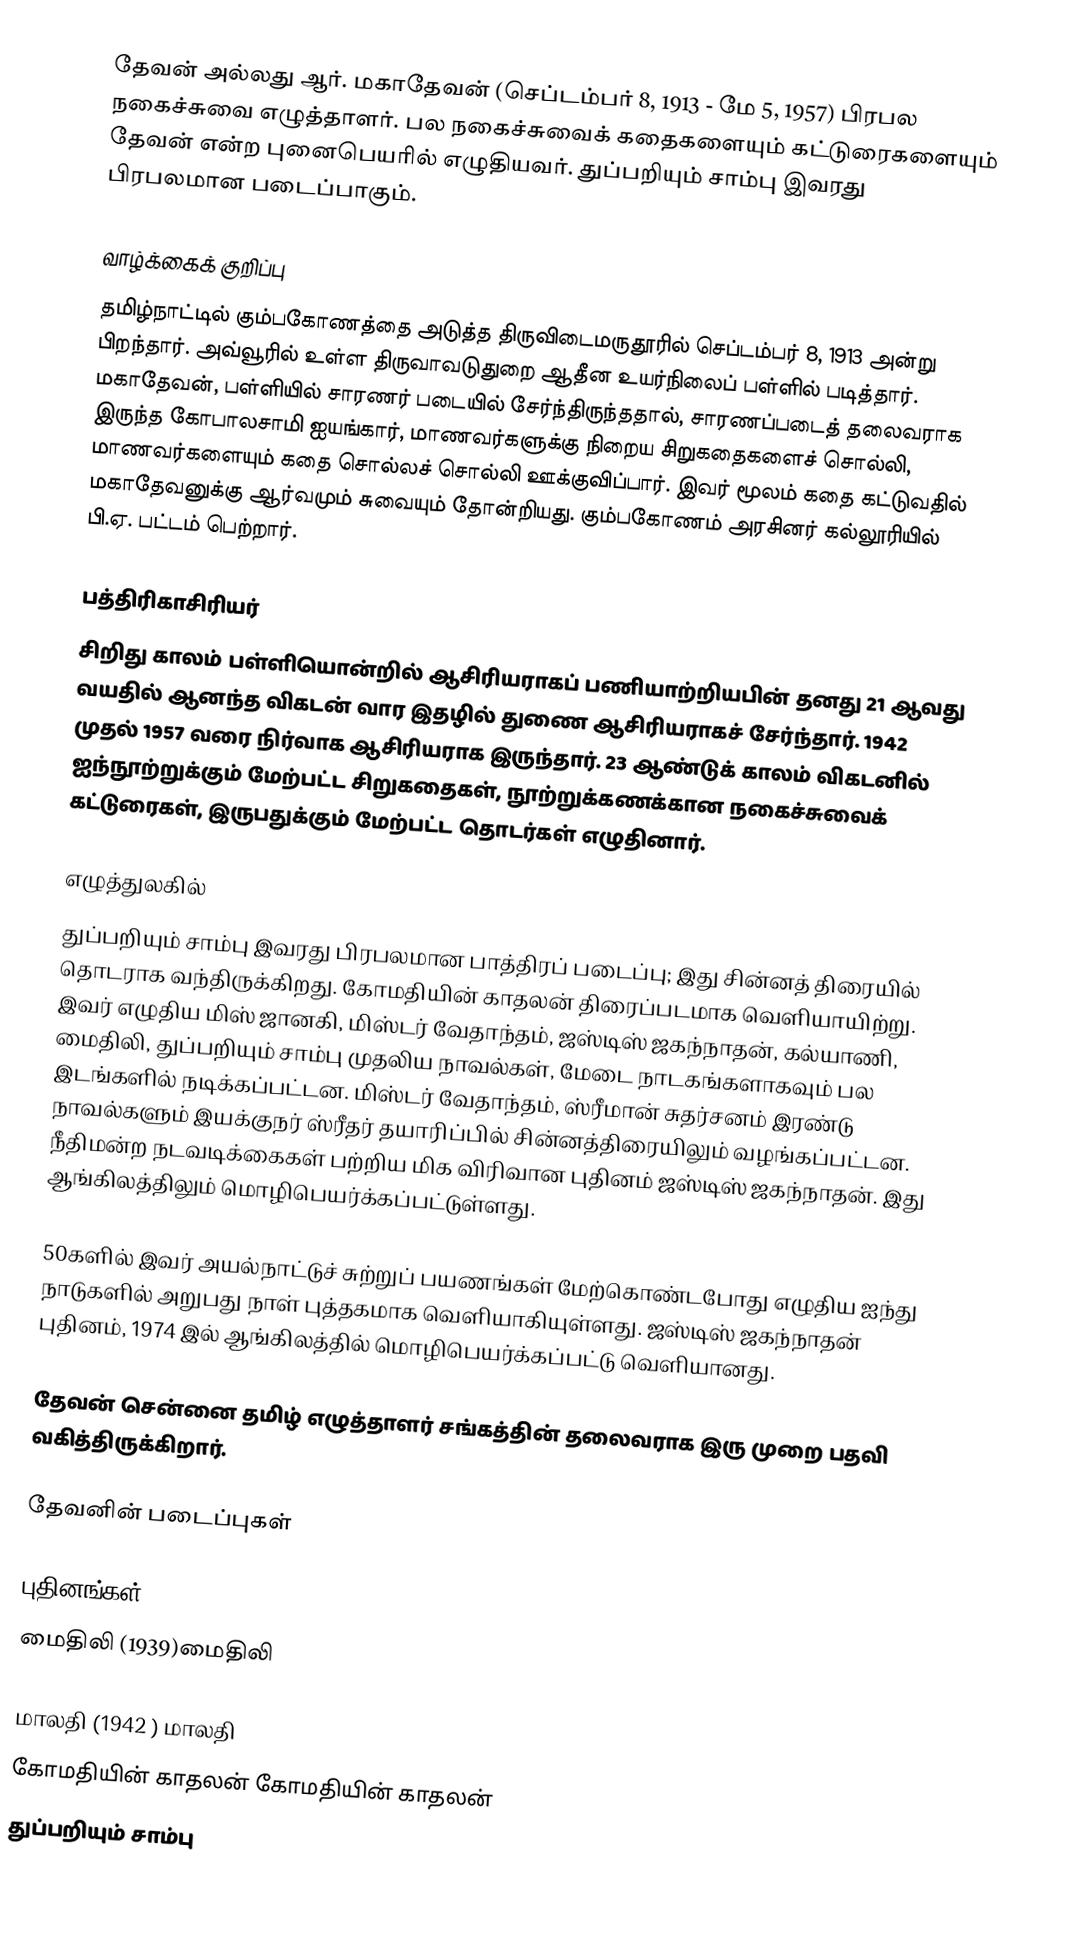
தேவன் அல்லது ஆர். மகாதேவன் (செப்டம்பர் 8, 1913 - மே 5, 1957) பிரபல நகைச்சுவை எழுத்தாளர். பல நகைச்சுவைக் கதைகளையும் கட்டுரைகளையும் தேவன் என்ற புனைபெயரில் எழுதியவர். துப்பறியும் சாம்பு இவரது பிரபலமான படைப்பாகும்.

வாழ்க்கைக் குறிப்பு
தமிழ்நாட்டில் கும்பகோணத்தை அடுத்த திருவிடைமருதூரில் செப்டம்பர் 8, 1913 அன்று பிறந்தார். அவ்வூரில் உள்ள திருவாவடுதுறை ஆதீன உயர்நிலைப் பள்ளில் படித்தார். மகாதேவன், பள்ளியில் சாரணர் படையில் சேர்ந்திருந்ததால், சாரணப்படைத் தலைவராக இருந்த கோபாலசாமி ஐயங்கார், மாணவர்களுக்கு நிறைய சிறுகதைகளைச் சொல்லி, மாணவர்களையும் கதை சொல்லச் சொல்லி ஊக்குவிப்பார். இவர் மூலம் கதை கட்டுவதில் மகாதேவனுக்கு ஆர்வமும் சுவையும் தோன்றியது. கும்பகோணம் அரசினர் கல்லூரியில் பி.ஏ. பட்டம் பெற்றார்.

பத்திரிகாசிரியர்
சிறிது காலம் பள்ளியொன்றில் ஆசிரியராகப் பணியாற்றியபின் தனது 21 ஆவது வயதில் ஆனந்த விகடன் வார இதழில் துணை ஆசிரியராகச் சேர்ந்தார். 1942 முதல் 1957 வரை நிர்வாக ஆசிரியராக இருந்தார். 23 ஆண்டுக் காலம் விகடனில் ஐந்நூற்றுக்கும் மேற்பட்ட சிறுகதைகள், நூற்றுக்கணக்கான நகைச்சுவைக் கட்டுரைகள், இருபதுக்கும் மேற்பட்ட தொடர்கள்  எழுதினார்.

எழுத்துலகில்
துப்பறியும் சாம்பு இவரது பிரபலமான பாத்திரப் படைப்பு; இது சின்னத் திரையில் தொடராக வந்திருக்கிறது. கோமதியின் காதலன் திரைப்படமாக வெளியாயிற்று. இவர் எழுதிய மிஸ் ஜானகி, மிஸ்டர் வேதாந்தம், ஜஸ்டிஸ் ஜகந்நாதன், கல்யாணி, மைதிலி, துப்பறியும் சாம்பு முதலிய நாவல்கள், மேடை நாடகங்களாகவும் பல இடங்களில் நடிக்கப்பட்டன. மிஸ்டர் வேதாந்தம், ஸ்ரீமான் சுதர்சனம் இரண்டு நாவல்களும் இயக்குநர் ஸ்ரீதர் தயாரிப்பில் சின்னத்திரையிலும் வழங்கப்பட்டன. நீதிமன்ற நடவடிக்கைகள் பற்றிய மிக விரிவான புதினம் ஜஸ்டிஸ் ஜகந்நாதன். இது ஆங்கிலத்திலும் மொழிபெயர்க்கப்பட்டுள்ளது.

50களில் இவர் அயல்நாட்டுச் சுற்றுப் பயணங்கள் மேற்கொண்டபோது எழுதிய ஐந்து நாடுகளில் அறுபது நாள் புத்தகமாக வெளியாகியுள்ளது. ஜஸ்டிஸ் ஜகந்நாதன் புதினம், 1974 இல் ஆங்கிலத்தில் மொழிபெயர்க்கப்பட்டு வெளியானது.

தேவன் சென்னை தமிழ் எழுத்தாளர் சங்கத்தின் தலைவராக இரு முறை பதவி வகித்திருக்கிறார்.

தேவனின் படைப்புகள்

புதினங்கள்
 மைதிலி (1939)மைதிலி

 மாலதி (1942  ) மாலதி
 கோமதியின் காதலன் கோமதியின் காதலன்
 துப்பறியும் சாம்பு